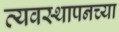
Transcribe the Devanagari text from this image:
व्यवस्थापनच्या